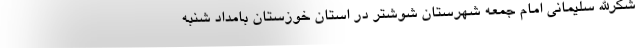
شکرالله سلیمانی امام جمعه شهرستان شوشتر در استان خوزستان بامداد شنبه